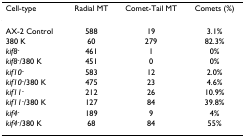
| Cell-type | Radial MT | Comet-Tail MT | Comets (%) |
 | --- | --- | --- | --- |
 | AX-2 Control | 588 | 19 | 3.1% |
 | 380 K | 60 | 279 | 82.3% |
 | kif8- | 461 | 1 | 0% |
 | kif8-/380 K | 451 | 0 | 0% |
 | kif10- | 583 | 12 | 2.0% |
 | kif10-/380 K | 475 | 23 | 4.6% |
 | kif11- | 212 | 26 | 10.9% |
 | kif11-/380 K | 127 | 84 | 39.8% |
 | kif4- | 189 | 9 | 4% |
 | kif4-/380 K | 68 | 84 | 55% |